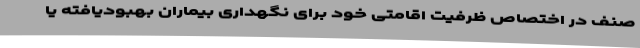
صنف در اختصاص ظرفیت اقامتی خود برای نگهداری بیماران بهبودیافته یا